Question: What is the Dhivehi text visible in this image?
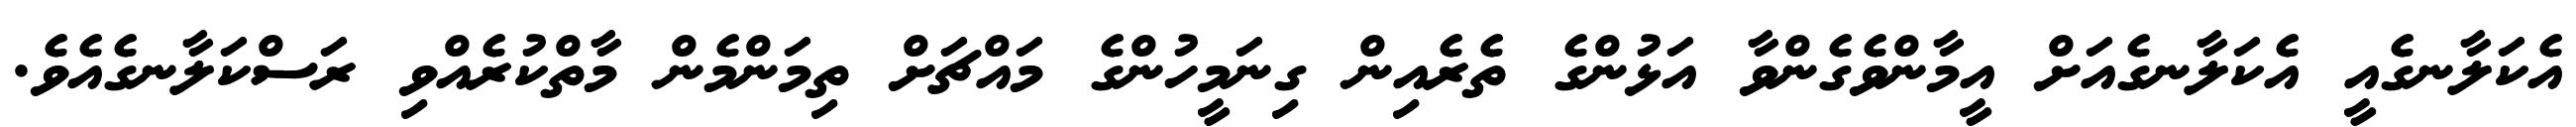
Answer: އެކަލާނގެއީ އެކަލާނގެއަށް އީމާންވެގެންވާ އަޅުންގެ ތެރެއިން ގިނަމީހުންގެ މައްޗަށް ތިމަންމެން މާތްކުރެއްވި ރަސްކަލާނގެއެވެ.